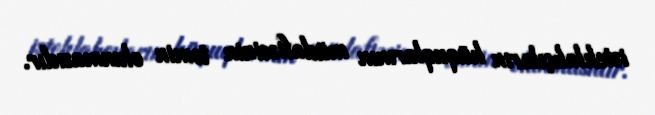
istehlakçıların hüquqlarının müdafiəsinin təmin olunmasıdır.